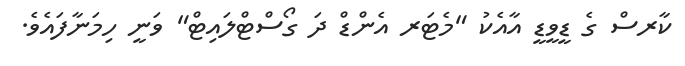
ކާރސް ގެ ޑީވީޑީ އާއެކު "މެޓަރ އެންޑް ދަ ގޯސްޓްލައިޓް" ވަނީ ހިމަނާފައެވެ.